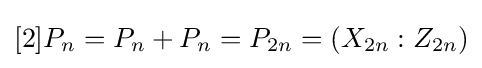
[2]P_{n}=P_{n}+P_{n}=P_{2n}=(X_{2n}:Z_{2n})